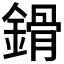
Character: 𨪷